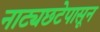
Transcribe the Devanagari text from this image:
नाट्यछटेपासून